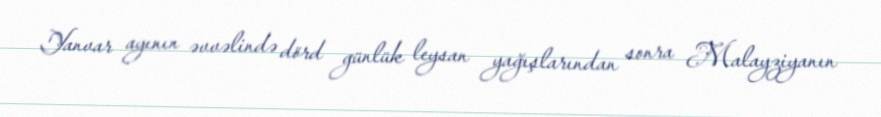
Yanvar ayının əvvəlində dörd günlük leysan yağışlarından sonra Malayziyanın